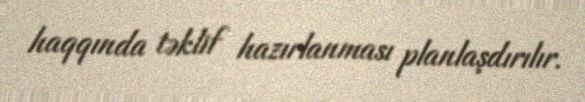
haqqında təklif hazırlanması planlaşdırılır.